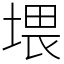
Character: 㙗